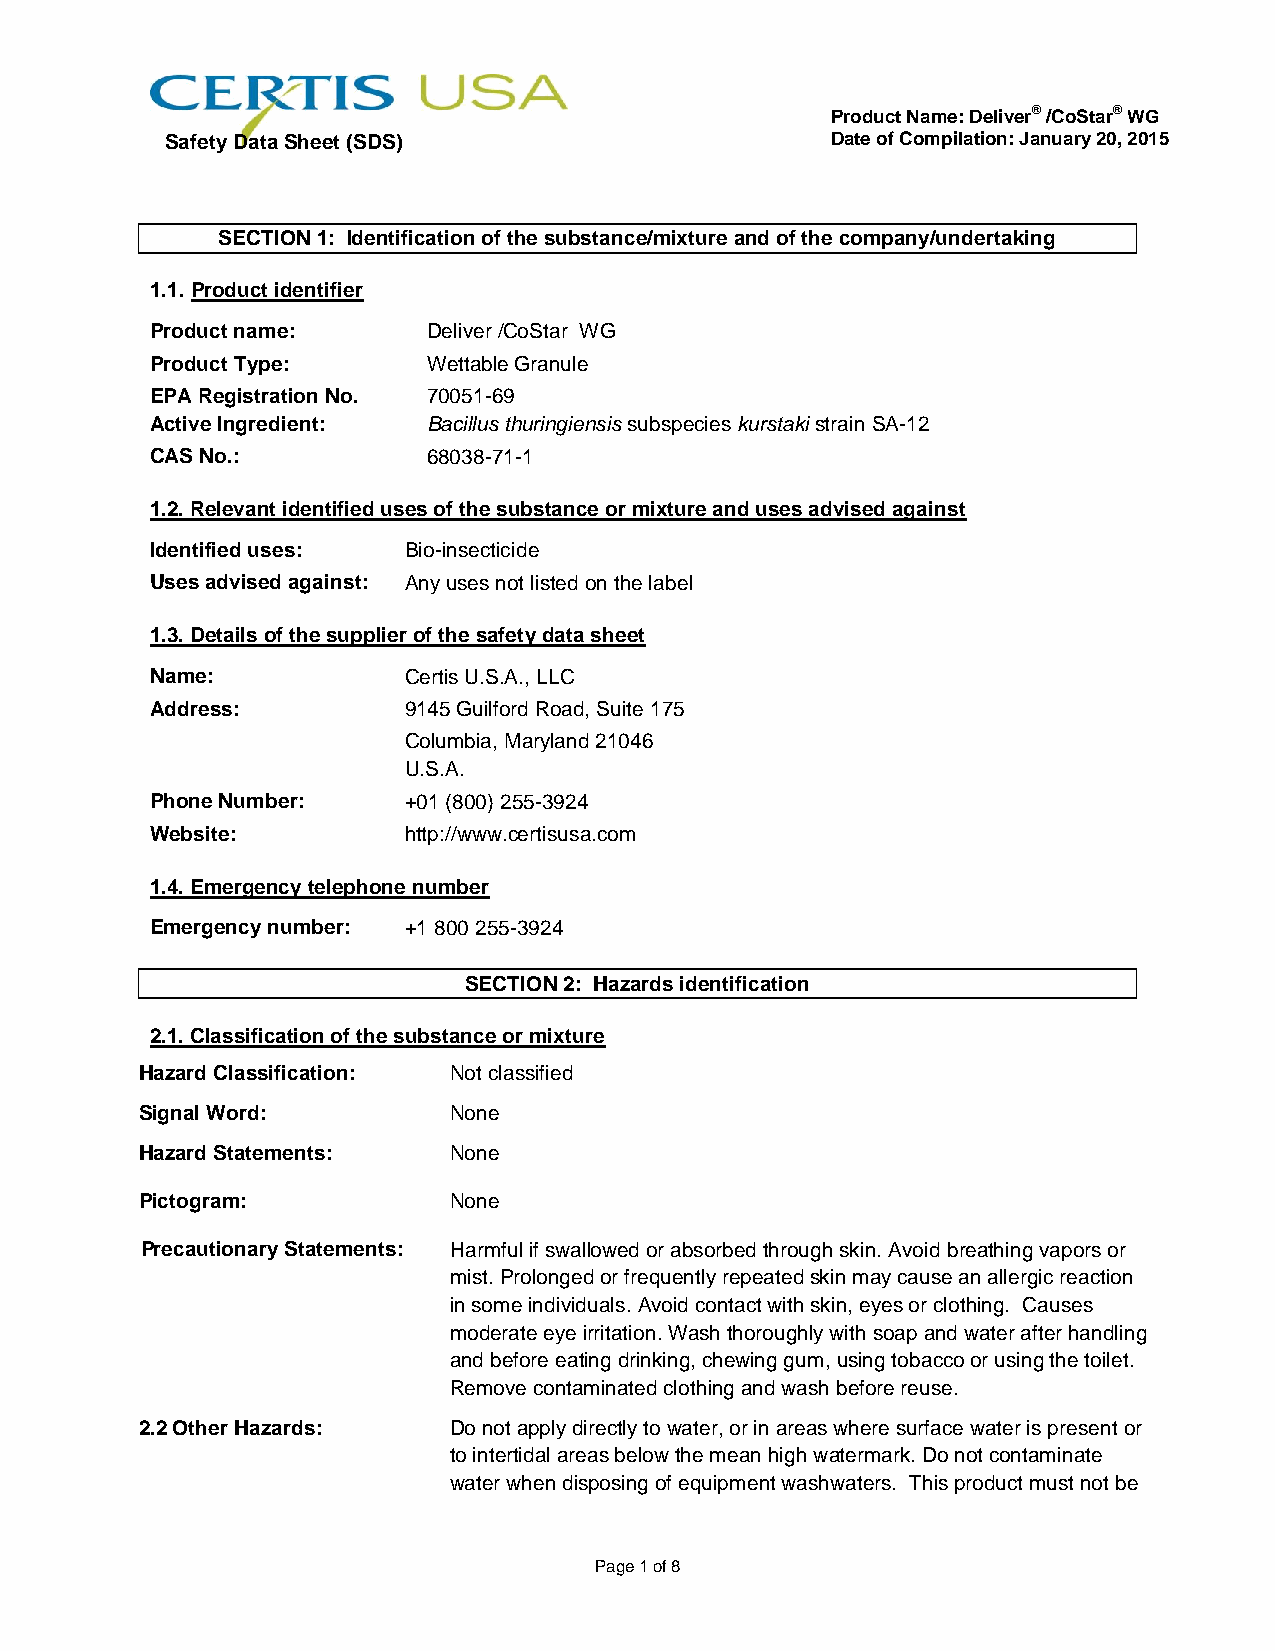
Product Name: Deliver® /CoStar® WG
 Safety Data Sheet (SDS)                     Date of Compilation: January 20, 2015
 SECTION 1: Identification of the substance/mixture and of the company/undertaking
 1.1. Product identifier
 Product name:     Deliver /CoStar WG
 Product Type:     Wettable Granule
 EPA Registration No. 70051-69
 Active Ingredient: Bacillus thuringiensis subspecies kurstaki strain SA-12
 CAS No.:          68038-71-1
 1.2. Relevant identified uses of the substance or mixture and uses advised against
 Identified uses: Bio-insecticide
 Uses advised against: Any uses not listed on the label
 1.3. Details of the supplier of the safety data sheet
 Name:            Certis U.S.A., LLC
 Address:         9145 Guilford Road, Suite 175
 Columbia, Maryland 21046
 U.S.A.
 Phone Number:    +01 (800) 255-3924
 Website:         http://www.certisusa.com
 1.4. Emergency telephone number
 Emergency number: +1 800 255-3924
 SECTION 2: Hazards identification
 2.1. Classification of the substance or mixture
 Hazard Classification: Not classified
 Signal Word:         None
 Hazard Statements:   None
 Pictogram:           None
 Precautionary Statements: Harmful if swallowed or absorbed through skin. Avoid breathing vapors or
 mist. Prolonged or frequently repeated skin may cause an allergic reaction
 in some individuals. Avoid contact with skin, eyes or clothing. Causes
 moderate eye irritation. Wash thoroughly with soap and water after handling
 and before eating drinking, chewing gum, using tobacco or using the toilet.
 Remove contaminated clothing and wash before reuse.
 2.2 Other Hazards:   Do not apply directly to water, or in areas where surface water is present or
 to intertidal areas below the mean high watermark. Do not contaminate
 water when disposing of equipment washwaters. This product must not be
 Page 1 of 8